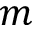
m